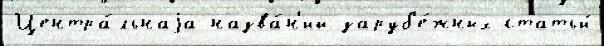
Центра́льнаjа назва́н'ий заруб'е́жных статьи́